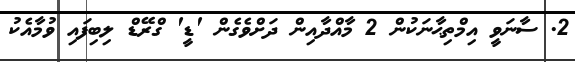
2. ސާނަވީ އިމްތިޙާނަކުން 2 މާއްދާއިން ދަށްވެގެން 'ޑީ' ގްރޭޑް ލިބިފައި ވުމާއެކު